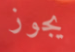
يجوز